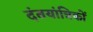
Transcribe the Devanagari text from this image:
दंतयांत्रिकों